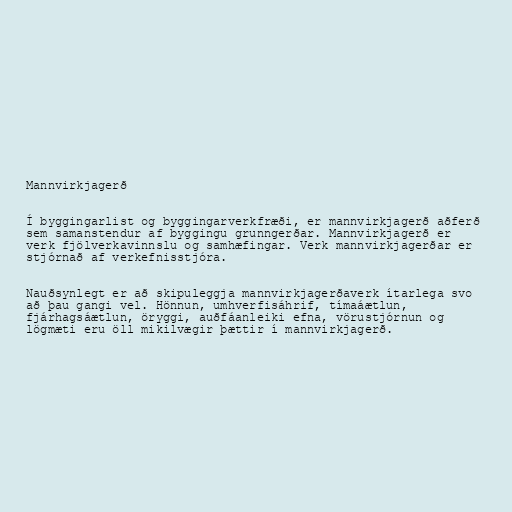
Mannvirkjagerð

Í byggingarlist og byggingarverkfræði, er mannvirkjagerð aðferð
sem samanstendur af byggingu grunngerðar. Mannvirkjagerð er
verk fjölverkavinnslu og samhæfingar. Verk mannvirkjagerðar er
stjórnað af verkefnisstjóra.

Nauðsynlegt er að skipuleggja mannvirkjagerðaverk ítarlega svo
að þau gangi vel. Hönnun, umhverfisáhrif, tímaáætlun,
fjárhagsáætlun, öryggi, auðfáanleiki efna, vörustjórnun og
lögmæti eru öll mikilvægir þættir í mannvirkjagerð.